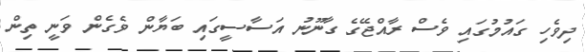
ދިވެހި ގައުމުގައި ވެސް ރާއްޖޭގެ ގާނޫނު އަސާސީގައި ބަޔާން ވެގެން ވަނީ ތިން